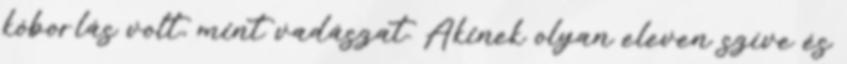
kóborlás volt, mint vadászat. Akinek olyan eleven szíve és